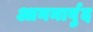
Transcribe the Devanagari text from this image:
आननार्बुद